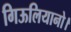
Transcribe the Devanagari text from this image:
गिऊलियानो।